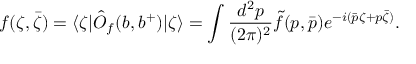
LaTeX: f ( \zeta , { \bar { \zeta } } ) = \langle \zeta | \hat { O } _ { f } ( b , b ^ { + } ) | \zeta \rangle = \int { \frac { d ^ { 2 } p } { ( 2 \pi ) ^ { 2 } } } \tilde { f } ( p , { \bar { p } } ) e ^ { - i ( \bar { p } \zeta + p \bar { \zeta } ) } .